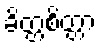
ခိတ္တစိတ္တာ